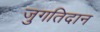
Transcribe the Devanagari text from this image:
जुगतिदान